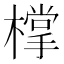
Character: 𣛟